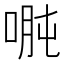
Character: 𱓇